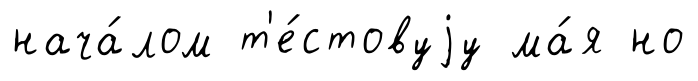
нача́лом т'е́стовуjу ма́я но